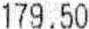
179.50